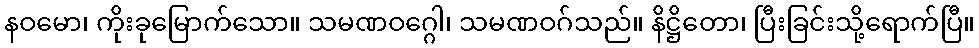
နဝမော၊ ကိုးခုမြောက်သော။ သမဏဝဂ္ဂေါ၊ သမဏဝဂ်သည်။ နိဋ္ဌိတော၊ ပြီးခြင်းသို့ရောက်ပြီ။